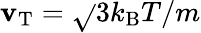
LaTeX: \mathbf{v}_{\mathrm{{T}}}=\sqrt{}{{3k_{\mathrm{{B}}}T/m}}